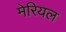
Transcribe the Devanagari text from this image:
मेरियल